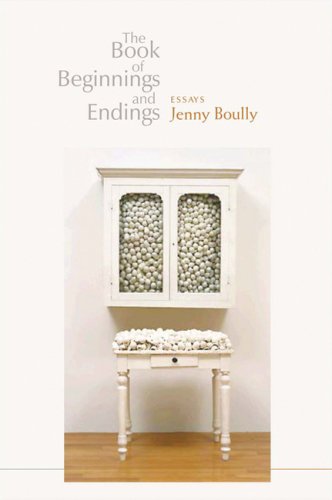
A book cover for The Book of Beginnings and Endings; Jenny Boully; Literature & Fiction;